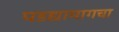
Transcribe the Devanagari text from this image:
पडद्यामागचा